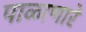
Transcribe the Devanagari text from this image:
पाळाणारे